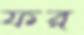
ফর্